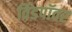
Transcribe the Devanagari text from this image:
विंडपॉवर